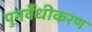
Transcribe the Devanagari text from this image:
पुनर्वैधीकरण